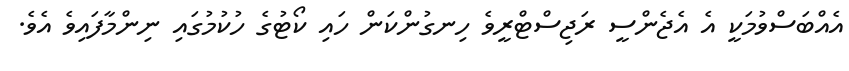
އެއްބަސްވުމަކީ އެ އެޖެންސީ ރަޖިސްޓްރީވެ ހިނގުންކަން ހައި ކޯޓުގެ ހުކުމުގައި ނިންމާފައިވެ އެވެ.